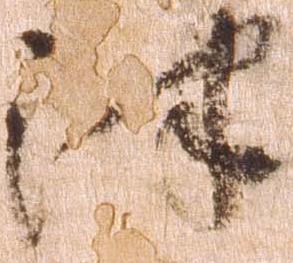
津